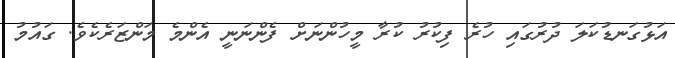
އަޅުގަނޑުކަލަ ދުރުގައި ހުރެ ފިކުރު ކުރާ މީހުންނަށް ފެންނަނީ އެންމެ މަންޒަރެކެވެ. ގައުމު